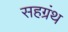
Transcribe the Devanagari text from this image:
सहग्रंथ